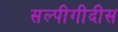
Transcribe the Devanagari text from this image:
सल्पीगीदीस